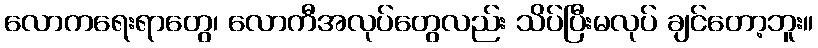
လောကရေးရာတွေ၊ လောကီအလုပ်တွေလည်း သိပ်ပြီးမလုပ် ချင်တော့ဘူး။